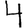
Digit: 4